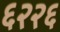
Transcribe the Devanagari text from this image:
६२२६